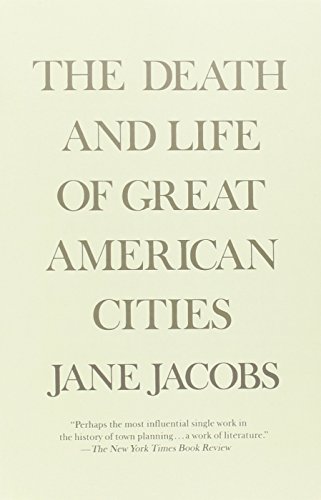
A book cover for The Death and Life of Great American Cities; Jane Jacobs; Arts & Photography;